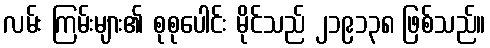
လမ်း ကြမ်းများ၏ စုစုပေါင်း မိုင်သည် ၂၁၉၁၃၈ ဖြစ်သည်။